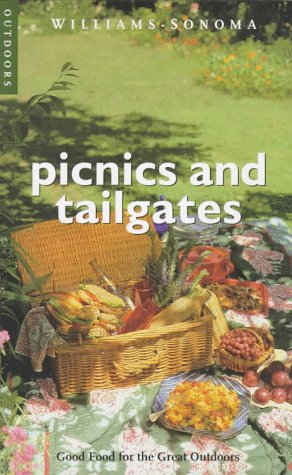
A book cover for Picnics & Tailgates: Good Food for the Great Outdoors (Williams-Sonoma Outdoors); Diane Rossen Worthington; Cookbooks, Food & Wine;